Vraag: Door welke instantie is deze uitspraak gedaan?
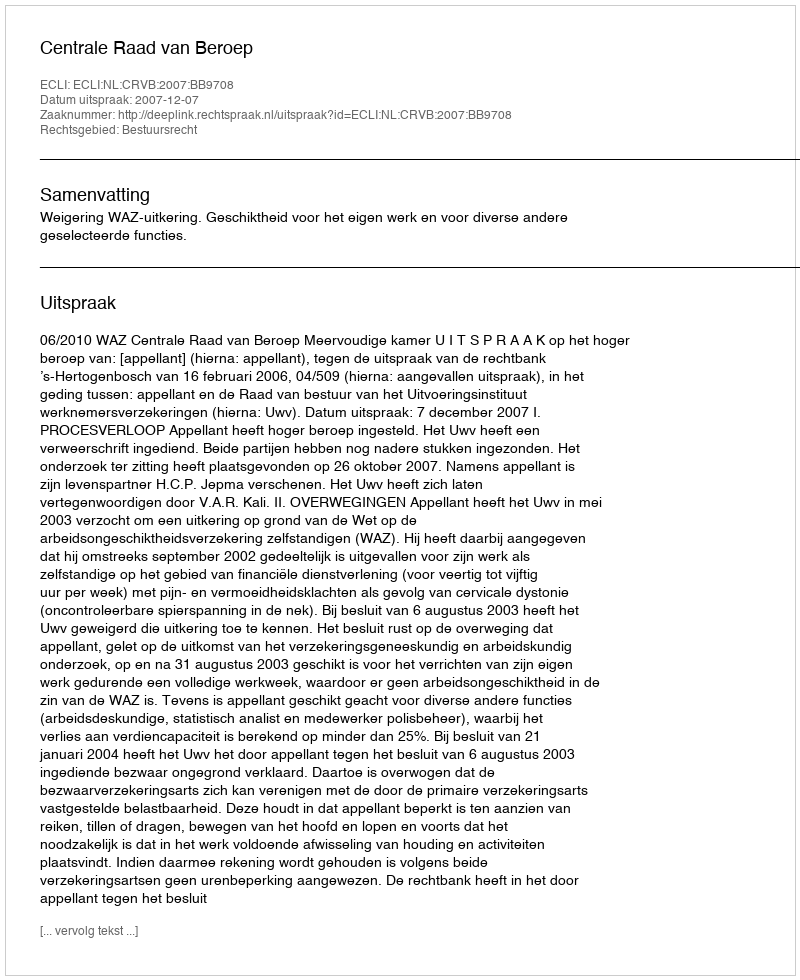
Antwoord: Centrale Raad van Beroep